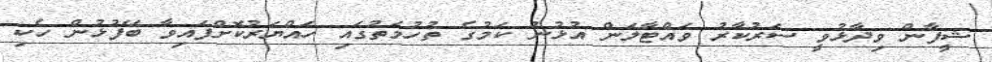
ޝީފާން ވިދާޅުވީ ސަރުކާރު ވައްޓާލަން އުޅުނު ކަމުގެ ތުހުމަތުގައި ހައްޔަރުކޮށްފައިވާ ބޭފުޅުން ހެކި